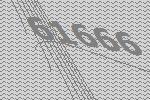
61666